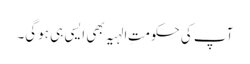
آپ کی حکومتِ الہیہ بھی ایسی ہی ہوگی۔